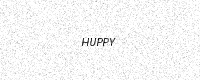
Text: HUPPY